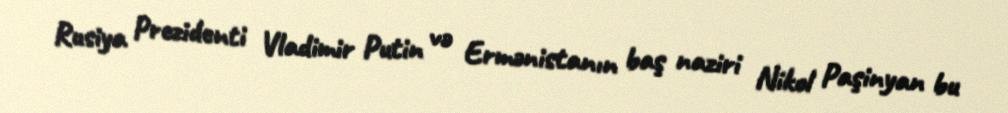
Rusiya Prezidenti Vladimir Putin və Ermənistanın baş naziri Nikol Paşinyan bu